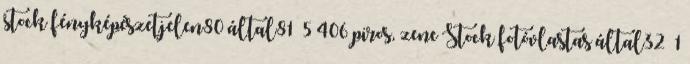
stock fényképészetjelen80 által81 5 406 piros, zene Stock fotóvlastas által32 1